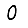
Digit: 0